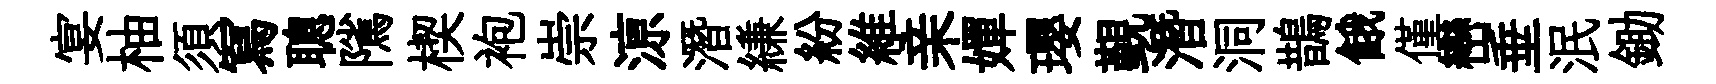
宴柚須冩聰隲楔袍崇鿌潛縑紛維亲嬋瓔覲潛洞鵲餓僅巒垂泯鋤